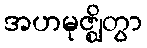
အဟမုဇ္ဈိတွာ